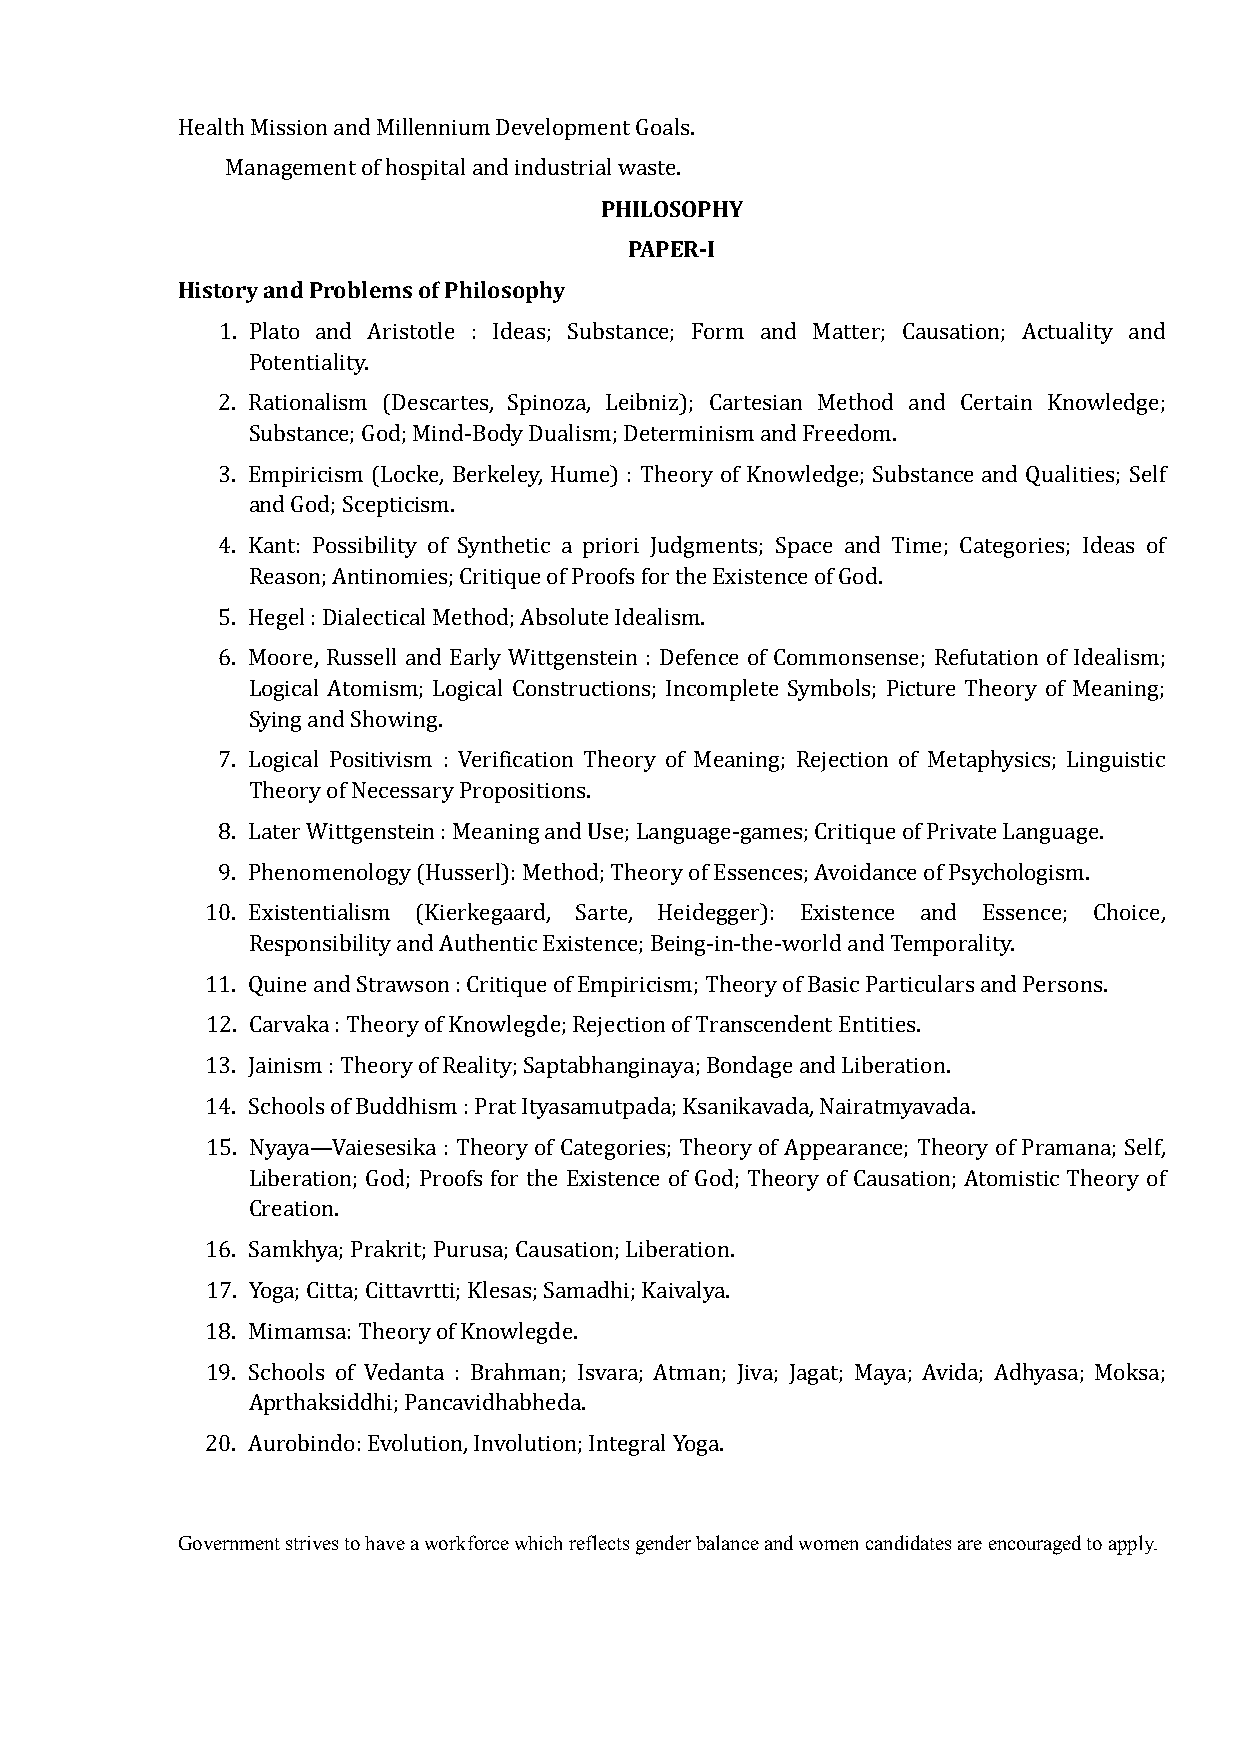
Health Mission and Millennium Development Goals.
 PHILOSOPHY
 Management of hospital and industrial waste.
 PAPER-I
 History and Problems of Philosophy
 1. Plato and Aristotle : Ideas; Substance; Form and Matter; Causation; Actuality and
 Potentiality.
 2. Rationalism (Descartes, Spinoza, Leibniz); Cartesian Method and Certain Knowledge;
 Substance; God; Mind-Body Dualism; Determinism and Freedom.
 3. Empiricism (Locke, Berkeley, Hume) : Theory of Knowledge; Substance and Qualities; Self
 and God; Scepticism.
 4. Kant: Possibility of Synthetic a priori Judgments; Space and Time; Categories; Ideas of
 Reason; Antinomies; Critique of Proofs for the Existence of God.
 5. Hegel : Dialectical Method; Absolute Idealism.
 6. Moore, Russell and Early Wittgenstein : Defence of Commonsense; Refutation of Idealism;
 Logical Atomism; Logical Constructions; Incomplete Symbols; Picture Theory of Meaning;
 Sying and Showing.
 7. Logical Positivism : Verification Theory of Meaning; Rejection of Metaphysics; Linguistic
 Theory of Necessary Propositions.
 8. Later Wittgenstein : Meaning and Use; Language-games; Critique of Private Language.
 9. Phenomenology (Husserl): Method; Theory of Essences; Avoidance of Psychologism.
 10. Existentialism (Kierkegaard, Sarte, Heidegger): Existence and Essence; Choice,
 Responsibility and Authentic Existence; Being-in-the-world and Temporality.
 11. Quine and Strawson : Critique of Empiricism; Theory of Basic Particulars and Persons.
 12. Carvaka : Theory of Knowlegde; Rejection of Transcendent Entities.
 13. Jainism : Theory of Reality; Saptabhanginaya; Bondage and Liberation.
 14. Schools of Buddhism : Prat Ityasamutpada; Ksanikavada, Nairatmyavada.
 15. Nyaya—Vaiesesika : Theory of Categories; Theory of Appearance; Theory of Pramana; Self,
 Liberation; God; Proofs for the Existence of God; Theory of Causation; Atomistic Theory of
 Creation.
 16. Samkhya; Prakrit; Purusa; Causation; Liberation.
 17. Yoga; Citta; Cittavrtti; Klesas; Samadhi; Kaivalya.
 18. Mimamsa: Theory of Knowlegde.
 19. Schools of Vedanta : Brahman; Isvara; Atman; Jiva; Jagat; Maya; Avida; Adhyasa; Moksa;
 Aprthaksiddhi; Pancavidhabheda.
 20. Aurobindo: Evolution, Involution; Integral Yoga.
 Government strives to have a workforce which reflects gender balance and women candidates are encouraged to apply.